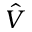
\hat { V }